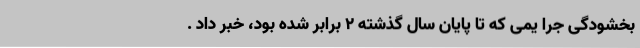
بخشودگی جرا یمی که تا پایان سال گذشته 2 برابر شده بود، خبر داد .